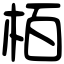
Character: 栢